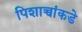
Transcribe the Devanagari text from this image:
पिशाच्चांकडे